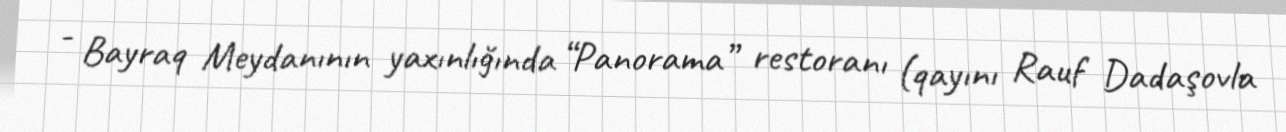
- Bayraq Meydanının yaxınlığında “Panorama” restoranı (qayını Rauf Dadaşovla